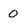
Character: 0